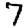
Digit: 7